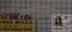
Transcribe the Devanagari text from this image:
संयोगापासून